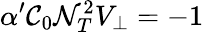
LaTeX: \alpha^{\prime}{\cal C}_{0}{\cal N}_{T}^{2}V_{\bot}=-1